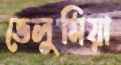
ভেলুমিয়া